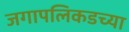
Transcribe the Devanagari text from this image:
जगापलिकडच्या